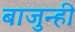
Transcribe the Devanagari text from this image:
बाजुन्ही